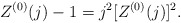
\begin{align*}Z^{(0)}(j)-1=j^2[Z^{(0)}(j)]^2.\end{align*}